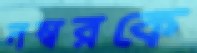
নম্বরকে